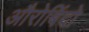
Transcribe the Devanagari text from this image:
औरोबिंदो